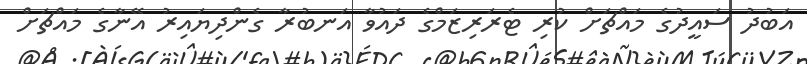
އަބުދު ސައީދުގެ މައްޗަށް ކުރި ޓެރަރިޒަމްގެ ދައުވާ އަނބުރާ ގެންދިޔައިރު އޭނާގެ މައްޗަށް